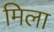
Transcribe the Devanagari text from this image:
मिला